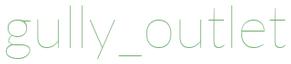
gully_outlet